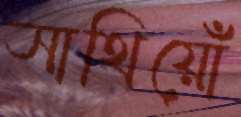
সাথিয়োঁ